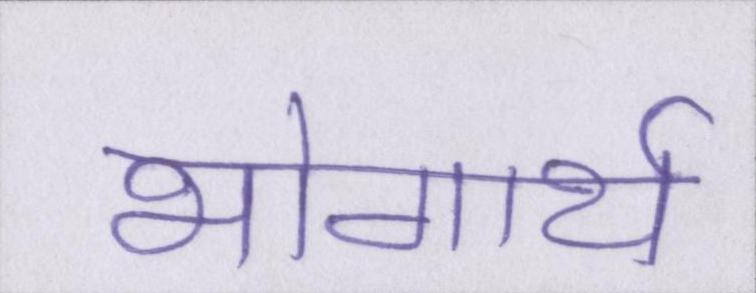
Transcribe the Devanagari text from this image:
भोगार्थ